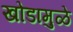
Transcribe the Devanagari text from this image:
खोडामुळे